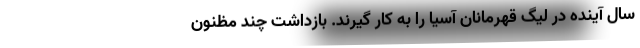
سال آینده در لیگ قهرمانان آسیا را به کار گیرند. بازداشت چند مظنون